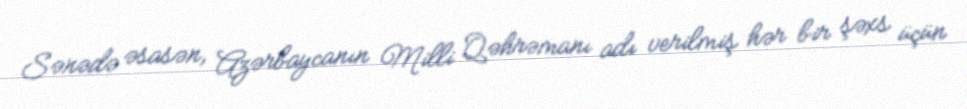
Sənədə əsasən, Azərbaycanın Milli Qəhrəmanı adı verilmiş hər bir şəxs üçün